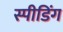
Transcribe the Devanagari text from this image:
स्‍पीडिंग